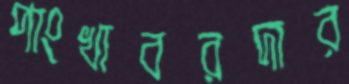
পাংখাবরদার